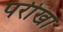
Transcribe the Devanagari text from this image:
परीखा